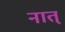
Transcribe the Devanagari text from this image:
नात्